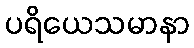
ပရိယေသမာနာ